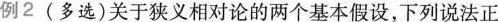
例2(多选)关于狭义相对论的两个基本假设，下列说法正